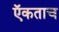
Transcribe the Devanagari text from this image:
ऍकताच